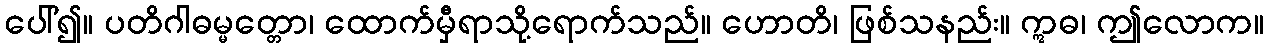
ပေါ်၍။ ပတိဂါဓမ္မတ္တော၊ ထောက်မှီရာသို့ရောက်သည်။ ဟောတိ၊ ဖြစ်သနည်း။ ဣဓ၊ ဤလောက။